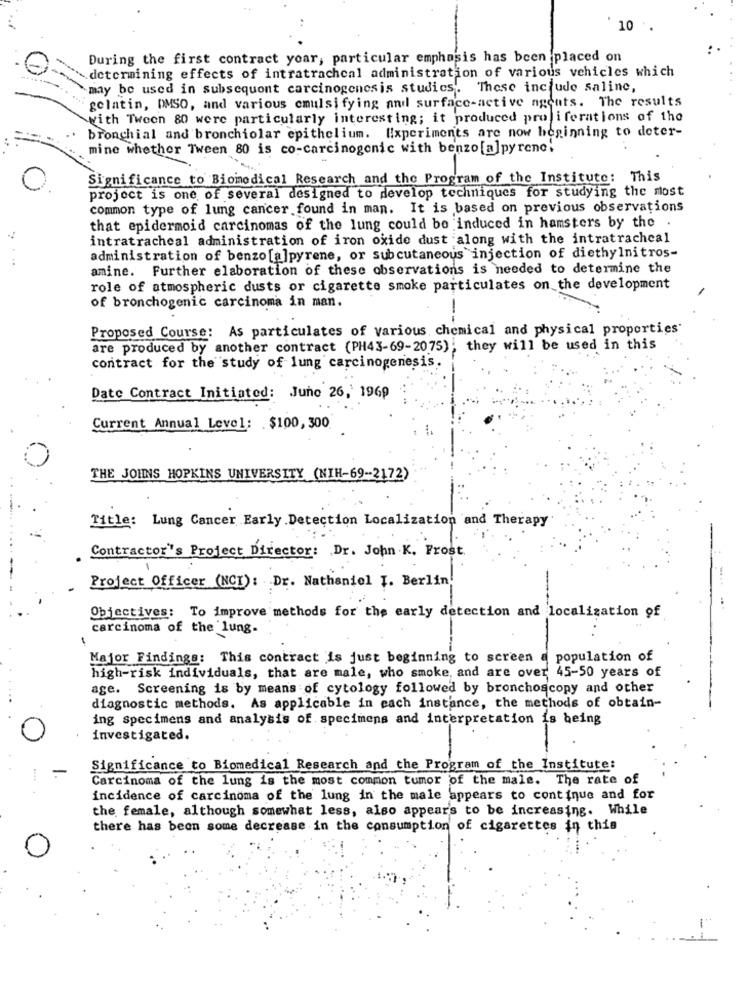
10 .
During the first contract yoar, particular emphasis has been placed on
determining effects of intratrachcal administration of various vehicles which
`may be used in subsequent carcinogenesis studies. These include saline,
gelatin, DMSO, and various emulsifying and surface-active agents. The results
with Twoen 80 were particularly interesting; it produced proliferations of the
bronchial and bronchiolar epithelium. Experiments are now beginning to deter-
mine whether Tween 80 is co-carcinogenic with benzo [a]pyrene;
Significance to Biomedical Research and the Program of the Institute: This
project is one of several designed to develop techniques for studying the most
common type of lung cancer found in man. It is based on previous observations
that epidermoid carcinomas of the lung could be induced in hamsters by the .
intratracheal administration of iron oxide dust along with the intratracheal
administration of benzo [a]pyrene, or subcutaneous injection of diethylnitros-
amine. Further elaboration of these observations is needed to determine the
role of atmospheric dusts or cigarette smoke particulates on the development
of bronchogenic carcinoma in man.
--
Proposed Course: As particulates of Various, chemical and physical properties'
are produced by another contract (PH43-69-2075), they will be used in this
contract for the study of lung carcinogenesis.
Date Contract Initiated: June 26, 1969
Current Annual Level: $100,300
THE JOHNS HOPKINS UNIVERSITY (NIH-69-2172)
Title: Lung Cancer Early Detection Localization and Therapy
Contractor's Project Director: Dr. John K. Frost
Project Officer (NCI): Dr. Nathaniel I. Berlin.
Objectives: To improve methods for the early detection and localization of
carcinoma of the lung.
Major Findings: This contract is just beginning to screen a population of
high-risk individuals, that are male, who smoke, and are over 45-50 years of
age. Screening is by means of cytology followed by bronchoscopy and other
diagnostic methods. As applicable in each instance, the methods of obtain-
ing specimens and analysis of specimens and interpretation is being
investigated.
Significance to Biomedical Research and the Program of the Institute:
Carcinoma of the lung is the most common tumor of the male. The rate of
incidence of carcinoma of the lung in the male appears to continue and for
the female, although somewhat less, also appear's to be increasing. While
there has been some decrease in the consumption of cigarettes in this